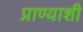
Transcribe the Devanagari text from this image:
प्राण्याशी